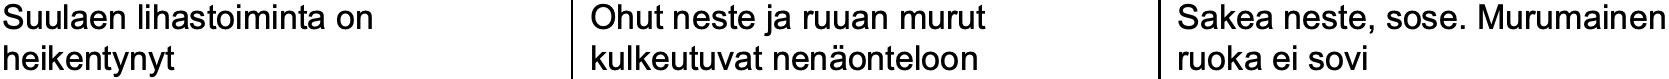
Suulaen lihastoiminta on Ohut neste ja ruuan murut Sakea neste, sose. Murumainen heikentynyt        kulkeutuvat nenäonteloon ruoka ei sovi